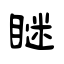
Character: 瞇